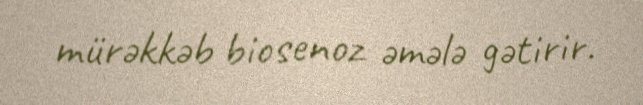
mürəkkəb biosenoz əmələ gətirir.